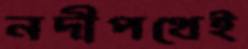
নদীপথেই